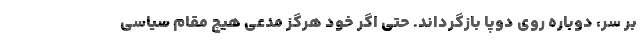
بر سر، دوباره روی دوپا بازگرداند. حتی اگر خود هرگز مدعی هیچ مقام سیاسی